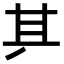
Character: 𠀫